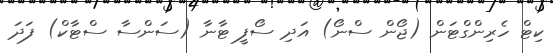
ކިޓް ހެރިންގްޓަން (ޖޯން ސްނޯ) އަދި ސޯފީ ޓާނާ (ސަންސާ ސްޓާކް) ފަދަ